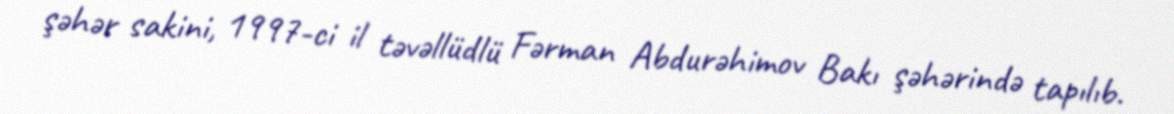
şəhər sakini, 1997-ci il təvəllüdlü Fərman Abdurəhimov Bakı şəhərində tapılıb.